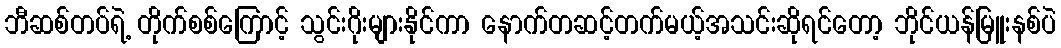
ဘီဆစ်တပ်ရဲ့ တိုက်စစ်ကြောင့် သွင်းဂိုးများနိုင်ကာ နောက်တဆင့်တက်မယ့်အသင်းဆိုရင်တော့ ဘိုင်ယန်မြူးနစ်ပဲ